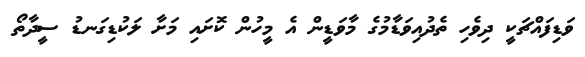
ވަޑިފައްޗަކީ ދިވެހި ތެދުއިވަޑާމުގެ މާވަޑީން އެ މީހުން ކޮށައި މަށާ ލަކުޑިގަނޑު ސީދާތޯ